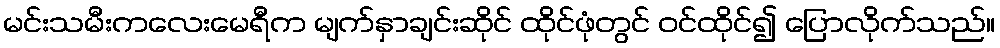
မင်းသမီးကလေးမေရီက မျက်နှာချင်းဆိုင် ထိုင်ဖုံတွင် ဝင်ထိုင်၍ ပြောလိုက်သည်။